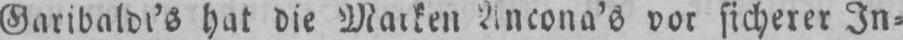
Ancona’s vor sicherer In⸗